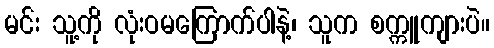
မင်း သူ့ကို လုံးဝမကြောက်ပါနဲ့၊ သူက စက္ကူကျားပဲ။